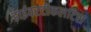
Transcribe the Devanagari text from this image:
डाईवरटीकलटिस